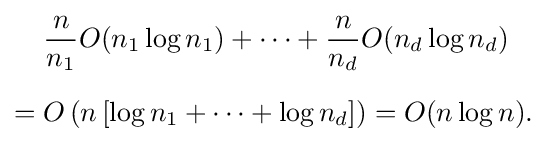
{\begin{aligned}&{\frac {n}{n_{1}}}O(n_{1}\log n_{1})+\cdots +{\frac {n}{n_{d}}}O(n_{d}\log n_{d})\\[6pt]={}&O\left(n\left[\log n_{1}+\cdots +\log n_{d}\right]\right)=O(n\log n).\end{aligned}}